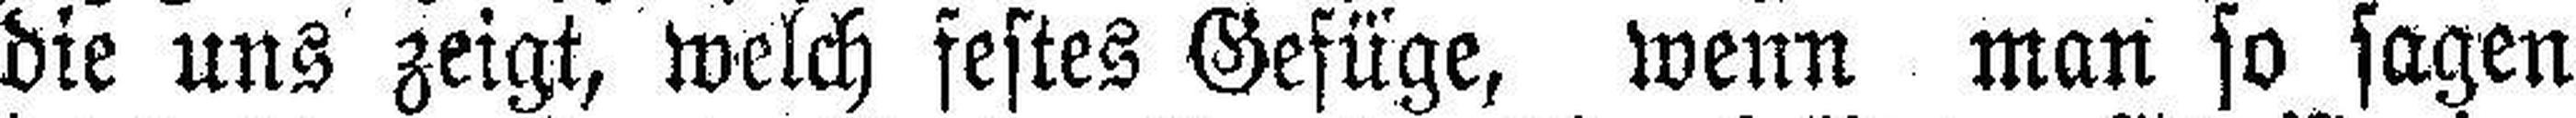
die uns zeigt, welch festes Gefüge, wenn man so sagen